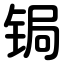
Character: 锔